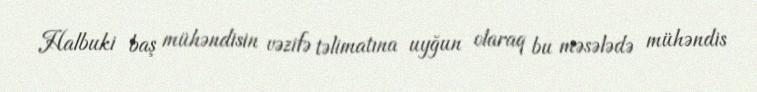
Halbuki baş mühəndisin vəzifə təlimatına uyğun olaraq bu məsələdə mühəndis